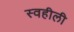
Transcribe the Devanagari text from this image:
स्वहीली